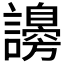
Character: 𧭮